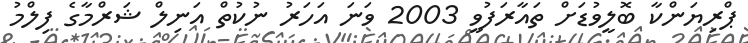
ޕްރިޔަންކާ ބޮލީވުޑަށް ތައާރަފުވީ 2003 ވަނަ އަހަރު ނުކުތް އަނިލް ޝަރްމާގެ ފިލްމު